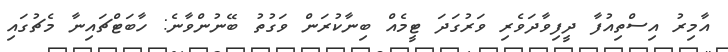
އާމިރު އިސްތިއުފާ ދީފިވާދަވެރި ވަރުގަދަ ޓީމެއް ބިނާކުރަން ވަގުތު ބޭނުންވާނެ: ހާބަޓްޗައިނާ މެޗުގައި